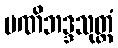
မဏိဘဒ္ဒသုတ္တံ